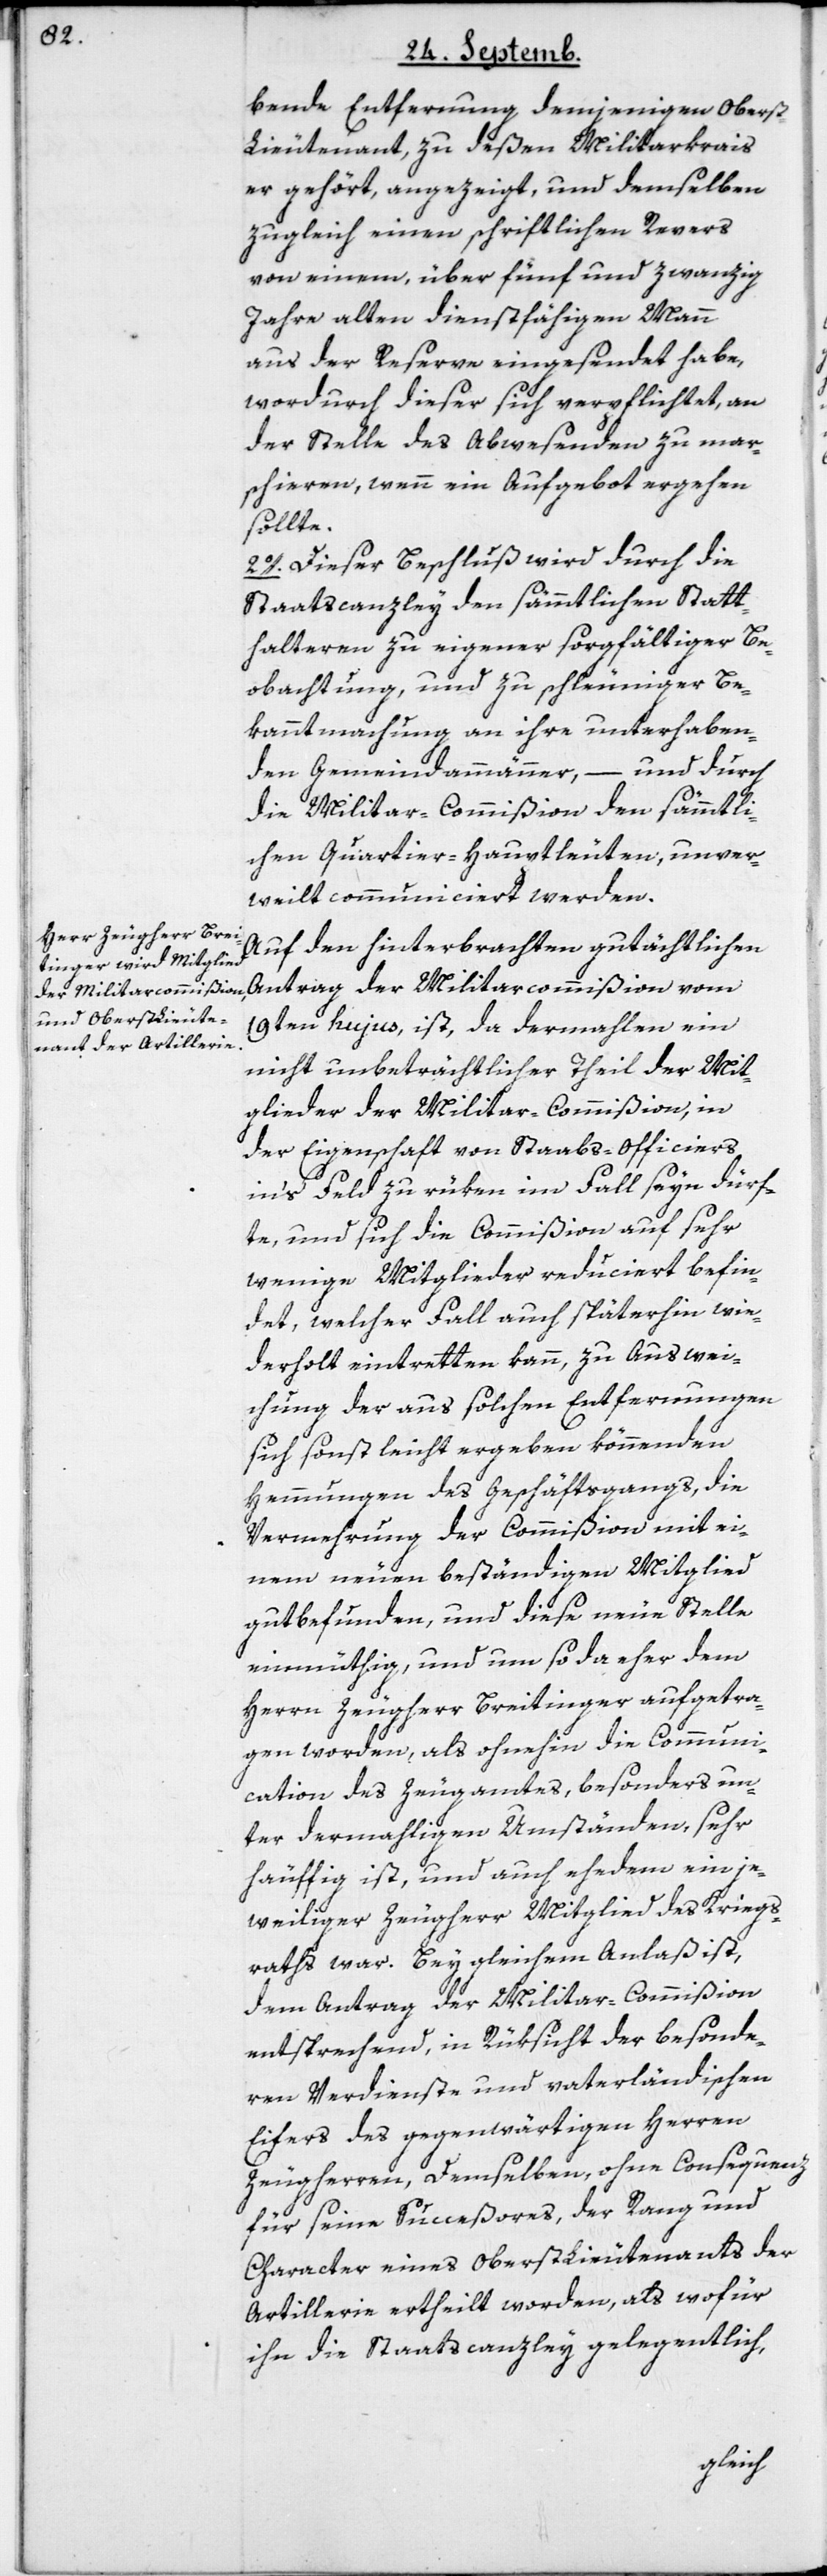
habende Entfernung demjenigen Obers¬
t-Lieutenant zu deßen Militarkrais
er gehört, angezeigt, und demselben
zugleich einen schriftlichen Revers
von einem, über fünf und zwanzig
Jahre alten dienstfähigen Mann
aus der Reserve eingesendet habe,
wordurch dieser sich verpflichtet, an
der Stelle des Abwesenden zu mar¬
schieren, wenn ein Aufgebot ergehen
sollte.
2o. Dieser Beschluß wird durch die
Staatscanzley den sämmtlichen Statt¬
halteren zu eigener sorgfältiger Be¬
obachtung, und zu schleuniger Be¬
kanntmachung an ihre unterhaben¬
den Gemeindammänner, – und durch
die Militar-Commißion den sämmtli¬
chen Quartier-Hauptleuten, unver¬
weilt communiciert werden.
Auf den hinterbrachten gutächtlichen
9ten hujus ist, da dermahlen ein
nicht unbeträchtlicher Theil der Mit¬
glieder der Militar-Commißion, in
der Eigenschaft von Staabs-Officiers
in’s Feld zu rüken im Fall seyn dürf¬
te, und sich die Commißion auf sehr
wenige Mitglieder reduciert befin¬
det, welcher Fall auch späterhin wie¬
derholt eintretten kann, zu Auswei¬
chung der aus solchen Entfernungen
sich sonst leicht ergeben könnenden
Hemmungen des Geschäftsgangs, die
Vermehrung der Commißion mit ei¬
nem neuen beständigen Mitglied
gutbefunden, und diese neue Stelle
einmüthig und um so da eher dem
Herrn Zeugherr Breitinger aufgetra¬
gen worden, als ohnehin die Communi¬
cation des Zeugamtes, besonders un¬
ter dermahligen Umständen, sehr
häuffig ist, und auch ehedem ein je¬
weilger Zeugherr Mitglied des Kriegs¬
raths war. Bey gleichem Anlaß ist,
dem Antrag der Militar-Commißion
entsprechend, in Rüksicht der besonde¬
ren Verdienste und vaterländischen
Eifers des gegenwärtigen Herren
Zeugherren, Demselben ohne Consequenz
für seine Succeßores, der Rang und
Character eines OberstLieutenants der
Artillerie ertheilt worden, als wofür
ihn die Staatscanzley gelegentlich,